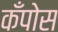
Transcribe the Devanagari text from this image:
कँपोस